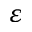
\varepsilon